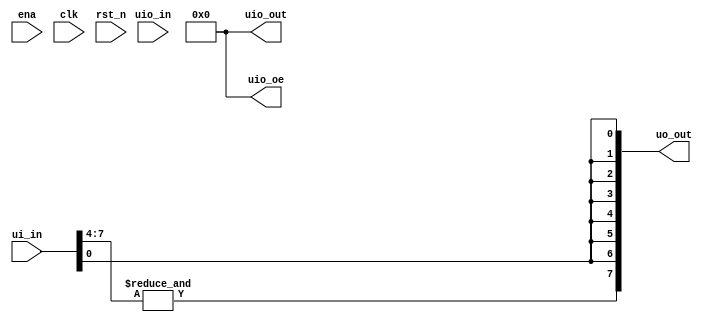
/*
 * tt_um_loopback.v
 *
 * Loopback test user module
 *
 */

`default_nettype none

module tt_um_loopback (
	input  wire [7:0] ui_in,	// Dedicated inputs
	output wire [7:0] uo_out,	// Dedicated outputs
	input  wire [7:0] uio_in,	// IOs: Input path
	output wire [7:0] uio_out,	// IOs: Output path
	output wire [7:0] uio_oe,	// IOs: Enable path (active high: 0=input, 1=output)
	input  wire       ena,
	input  wire       clk,
	input  wire       rst_n
);

	assign uo_out[6:0] = {7{ui_in[0]}};
	assign uo_out[7] = &ui_in[7:4];

	assign uio_out = 0;
	assign uio_oe = 0;

endmodule // tt_um_loopback